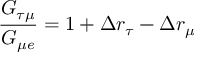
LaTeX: \frac { G _ { \tau \mu } } { G _ { \mu e } } = 1 + \Delta r _ { \tau } - \Delta r _ { \mu }